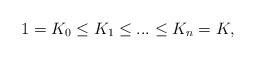
LaTeX: \begin{align*}1 = K_0 \leq K_1 \leq ... \leq K_n = K, \end{align*}